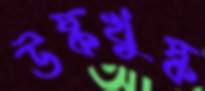
উষ্কখুষ্ক